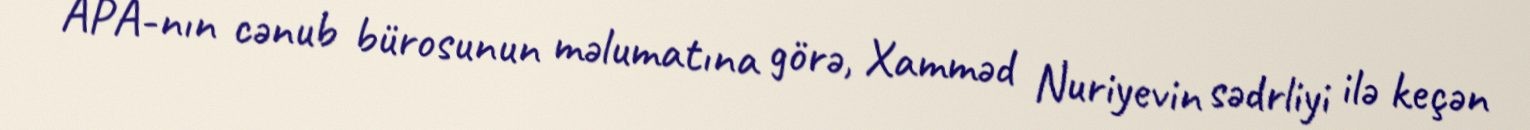
APA-nın cənub bürosunun məlumatına görə, Xamməd Nuriyevin sədrliyi ilə keçən